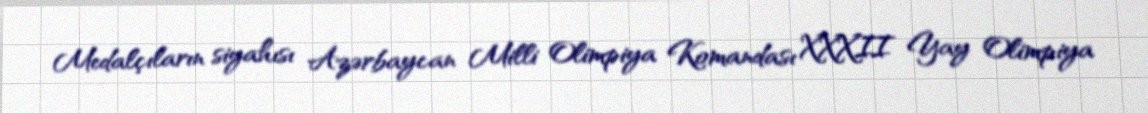
Medalçıların siyahısı Azərbaycan Milli Olimpiya Komandası XXXII Yay Olimpiya